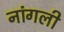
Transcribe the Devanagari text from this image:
नांगली